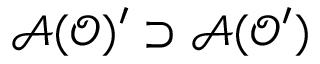
\mathcal { A } ( \mathcal { O } ) ^ { \prime } \supset \mathcal { A } ( \mathcal { O } ^ { \prime } )